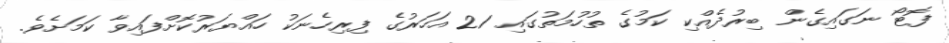
ފޮޓޯ ނަގައިގެން ބިރުދެއްކި ކަމުގެ ތުހުމަތުގައި 21 އަހަރުގެ ފިރިހެނަކު ހައްޔަރުކޮށްފައިވާ ކަމަށެވެ.